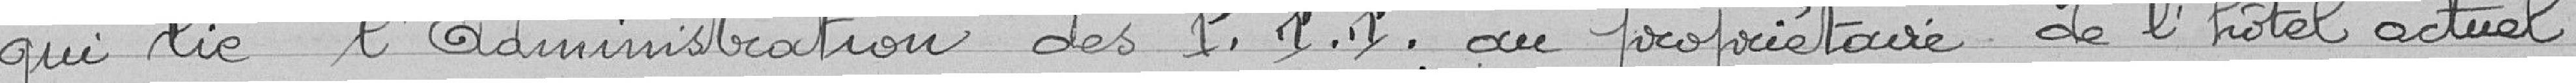
qui lie l'Administration des P.T.T. au propriétaire de l'hôtel actuel.